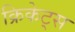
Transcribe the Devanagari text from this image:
क्रिकेट्स